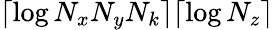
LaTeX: \lceil\log N_{x}N_{y}N_{k}\rceil\lceil\log N_{z}\rceil